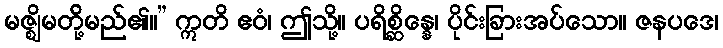
မဇ္ဈိမတို့်မည်၏။” ဣတိ ဧဝံ၊ ဤသို့။ ပရိစ္ဆိန္နေ၊ ပိုင်းခြားအပ်သော။ ဇနပဒေ၊